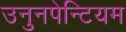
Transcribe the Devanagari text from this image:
उनुनपेन्टियम